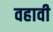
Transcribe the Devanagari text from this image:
वहावी